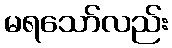
မရသော်လည်း